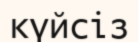
күйсіз